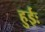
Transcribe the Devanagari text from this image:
हुईः